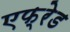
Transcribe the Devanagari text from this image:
एफ्रेड